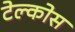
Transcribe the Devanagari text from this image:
टेल्कोस